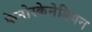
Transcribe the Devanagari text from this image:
फेनोस्केनेडियन